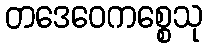
တဒေဝေကစ္စေသု